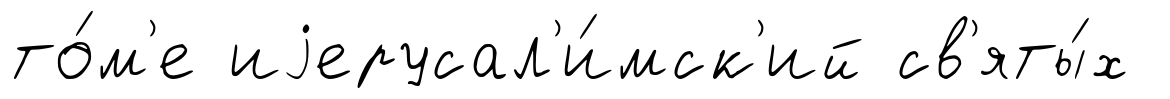
то́м'е иjерусал'и́мск'ий св'яты́х